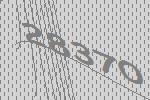
28370